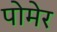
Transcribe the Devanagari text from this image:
पोमेर